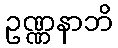
ဥဏ္ဏနာဘိ